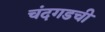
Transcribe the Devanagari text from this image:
चंदगडची